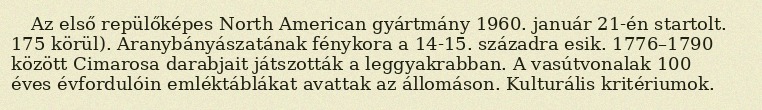
Az első repülőképes North American gyártmány 1960. január 21-én startolt. 175 körül). Aranybányászatának fénykora a 14-15. századra esik. 1776–1790 között Cimarosa darabjait játszották a leggyakrabban. A vasútvonalak 100 éves évfordulóin emléktáblákat avattak az állomáson. Kulturális kritériumok.